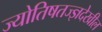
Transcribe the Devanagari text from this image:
ज्योतिषतज्ज्ञदेखील